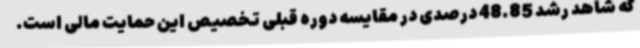
که شاهد رشد 48.85 درصدی در مقایسه دوره قبلی تخصیص این حمایت مالی است.